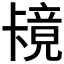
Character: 𫧶